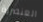
العنصرية